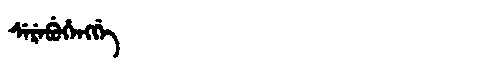
Manchu: ᠰᡝᡵᡝᠪᡠᡥᡝᠩᡤᡝ
Romanization: SEREBUHENGGE